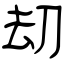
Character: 刧